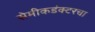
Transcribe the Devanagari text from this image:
सेमीकडंक्टरचा